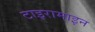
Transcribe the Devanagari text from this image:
टाइरामाइन